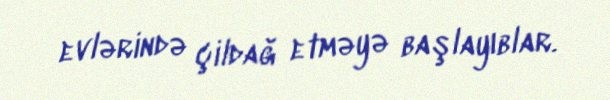
evlərində çildağ etməyə başlayıblar.